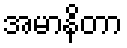
အမာနိတာ